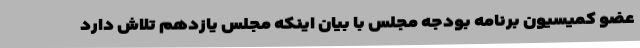
عضو کمیسیون برنامه بودجه مجلس با بیان اینکه مجلس یازدهم تلاش دارد